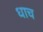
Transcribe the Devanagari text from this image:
धाच